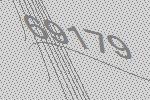
69179